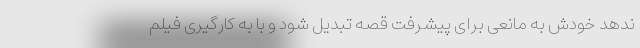
ندهد خودش به مانعی برای پیشرفت قصه تبدیل شود و با به کارگیری فیلم